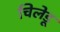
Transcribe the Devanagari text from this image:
चिलेडू